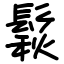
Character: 鬏